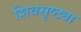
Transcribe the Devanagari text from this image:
शिवसृष्ट्या